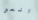
العض